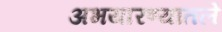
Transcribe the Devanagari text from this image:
अभयारण्यातले